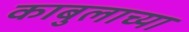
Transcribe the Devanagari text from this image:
काबुलाच्या